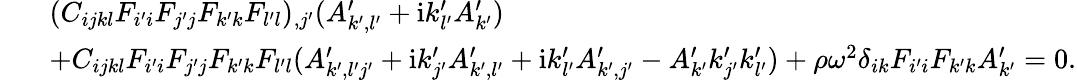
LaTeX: \begin{array}{rl}&{(C_{ijkl}F_{i^{\prime}i}F_{j^{\prime}j}F_{k^{\prime}k}F_{l^{\prime}l})_{,j^{\prime}}(A_{k^{\prime},l^{\prime}}^{\prime}+\mathrm{i}k_{l^{\prime}}^{\prime}A_{k^{\prime}}^{\prime})}\\ {\ \ \ }&{+C_{ijkl}F_{i^{\prime}i}F_{j^{\prime}j}F_{k^{\prime}k}F_{l^{\prime}l}(A_{k^{\prime},l^{\prime}j^{\prime}}^{\prime}+\mathrm{i}k_{j^{\prime}}^{\prime}A_{k^{\prime},l^{\prime}}^{\prime}+\mathrm{i}k_{l^{\prime}}^{\prime}A_{k^{\prime},j^{\prime}}^{\prime}-A_{k^{\prime}}^{\prime}k_{j^{\prime}}^{\prime}k_{l^{\prime}}^{\prime})+\rho\omega^{2}\delta_{ik}F_{i^{\prime}i}F_{k^{\prime}k}A_{k^{\prime}}^{\prime}=0.}\end{array}